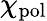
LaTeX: \chi_{\mathrm{pol}}